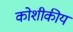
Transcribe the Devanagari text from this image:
कोशीकीय